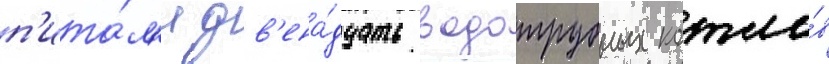
п'ита́л'и дв'ена́дцать водотрубных котло́в